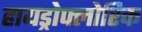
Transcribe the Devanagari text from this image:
हायड्रोफ्लोरिक